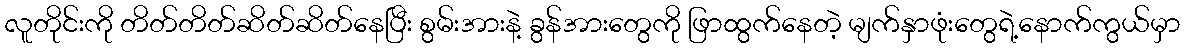
လူတိုင်းကို တိတ်တိတ်ဆိတ်ဆိတ်နေပြီး စွမ်းအားနဲ့ ခွန်အားတွေကို ဖြာထွက်နေတဲ့ မျက်နှာဖုံးတွေရဲ့နောက်ကွယ်မှာ